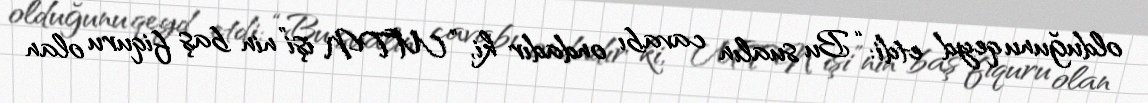
olduğunu qeyd etdi: “Bu sualın cavabı ondadır ki, “MTN işi”nin baş fiquru olan